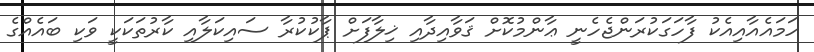
ހަމައެއާއިއެކު ފާހަގަކުރަންޖެހެނީ ޢާންމުކޮށް ޤަވާއިދާއި ޚިލާފަށް ޕާކުކުރާ ސައިކަލާއި ކާރުތަކަކީ ވަކި ބައެއްގެ